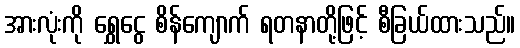
အားလုံးကို ရွှေငွေ စိန်ကျောက် ရတနာတို့ဖြင့် စီခြယ်ထားသည်။